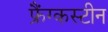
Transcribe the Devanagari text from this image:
फ्रैंग्कस्टीन